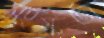
সংস্কর্তা